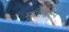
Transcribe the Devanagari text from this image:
मूर्तिशिल्पे